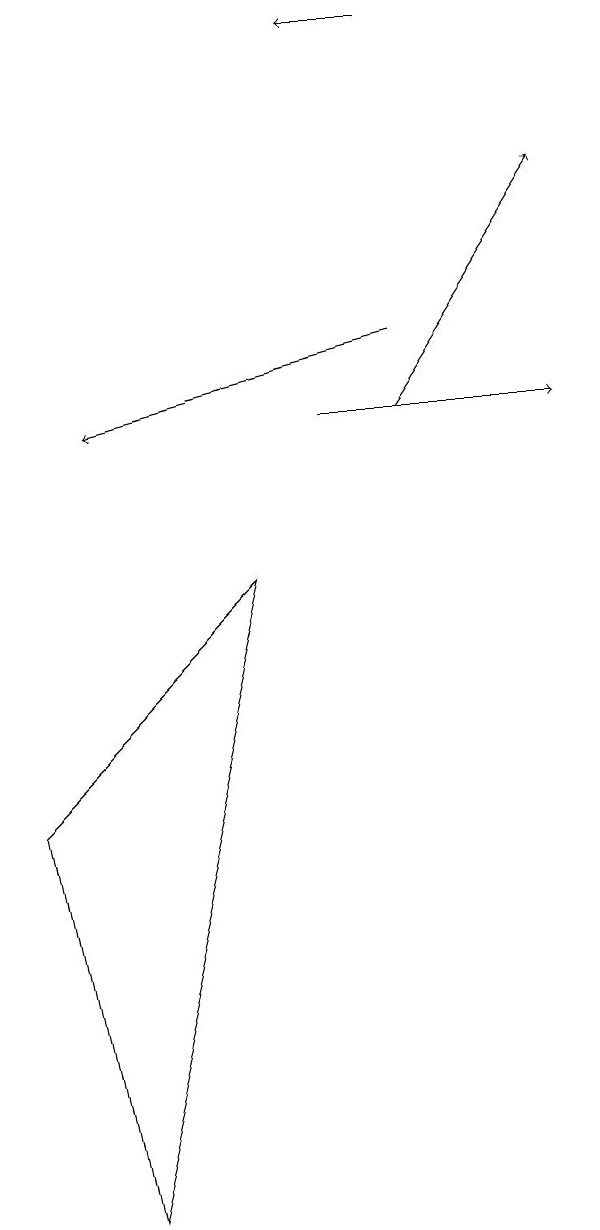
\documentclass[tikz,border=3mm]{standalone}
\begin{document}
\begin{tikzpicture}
\draw (1,0) -- (0,5) -- (3,8) -- cycle;
\draw[->] (5,10) -- (7,13);
\draw[->] (5,15) -- (4,15);
\draw[->] (5,11) -- (1,10);
\draw[->] (4,10) -- (7,10);
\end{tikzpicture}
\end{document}